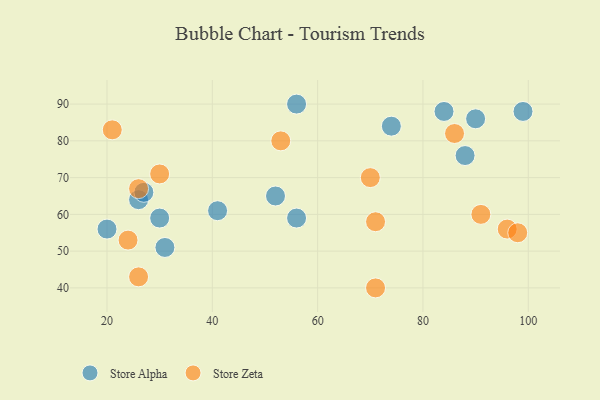
{"axis": {"x": "GDP", "y": "Life Expectancy"}, "legend": ["Store Alpha", "Store Zeta"], "data": [{"x": "26", "y": 64, "type": "Store Alpha"}, {"x": "27", "y": 66, "type": "Store Alpha"}, {"x": "90", "y": 86, "type": "Store Alpha"}, {"x": "84", "y": 88, "type": "Store Alpha"}, {"x": "56", "y": 59, "type": "Store Alpha"}, {"x": "56", "y": 90, "type": "Store Alpha"}, {"x": "74", "y": 84, "type": "Store Alpha"}, {"x": "31", "y": 51, "type": "Store Alpha"}, {"x": "88", "y": 76, "type": "Store Alpha"}, {"x": "41", "y": 61, "type": "Store Alpha"}, {"x": "30", "y": 59, "type": "Store Alpha"}, {"x": "20", "y": 56, "type": "Store Alpha"}, {"x": "99", "y": 88, "type": "Store Alpha"}, {"x": "52", "y": 65, "type": "Store Alpha"}, {"x": "71", "y": 58, "type": "Store Zeta"}, {"x": "24", "y": 53, "type": "Store Zeta"}, {"x": "26", "y": 67, "type": "Store Zeta"}, {"x": "30", "y": 71, "type": "Store Zeta"}, {"x": "53", "y": 80, "type": "Store Zeta"}, {"x": "86", "y": 82, "type": "Store Zeta"}, {"x": "21", "y": 83, "type": "Store Zeta"}, {"x": "26", "y": 43, "type": "Store Zeta"}, {"x": "70", "y": 70, "type": "Store Zeta"}, {"x": "91", "y": 60, "type": "Store Zeta"}, {"x": "71", "y": 40, "type": "Store Zeta"}, {"x": "96", "y": 56, "type": "Store Zeta"}, {"x": "98", "y": 55, "type": "Store Zeta"}]}